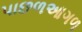
પાછળઆગળ